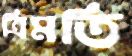
ত্রিমতি